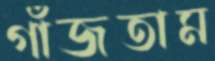
গাঁজতাম